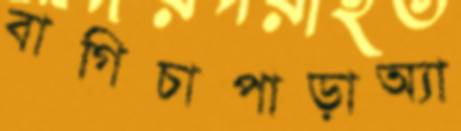
বাগিচাপাড়াঅ্যা